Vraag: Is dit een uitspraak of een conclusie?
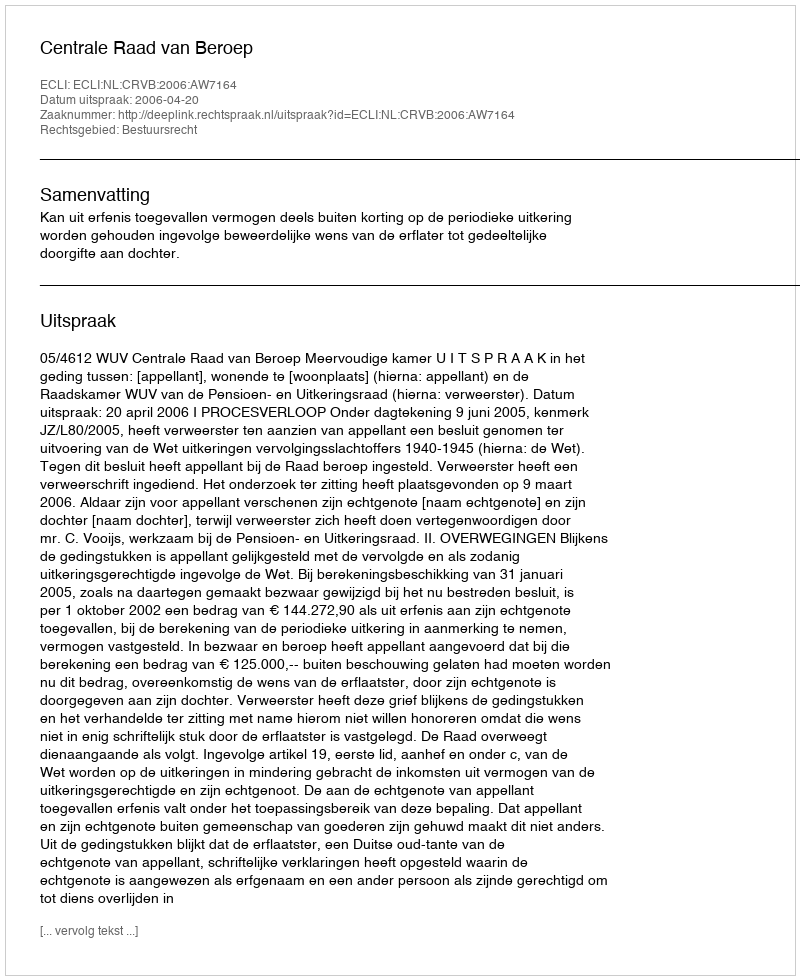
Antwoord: Uitspraak